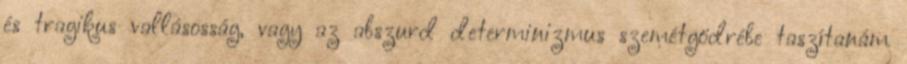
és tragikus vallásosság, vagy az abszurd determinizmus szemétgödrébe taszítanám